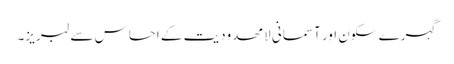
گہرے سکون اور آسمانی لامحدودیت کے احساس سے لبریز۔